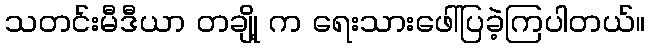
သတင်းမီဒီယာ တချို့ က ရေးသားဖေါ်ပြခဲ့ကြပါတယ်။